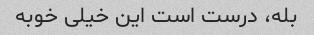
بله، درست است این خیلی خوبه